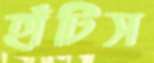
হাঁটিস